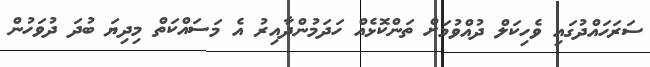
ސަރަހައްދުގައި ވެހިކަލް ދުއްވުމަށް ތަންކޮޅެއް ހަދަމުންދާއިރު އެ މަސައްކަތް މިދިޔަ ބުދަ ދުވަހުން